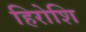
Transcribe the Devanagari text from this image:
हिरोशि